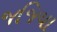
જજિયા